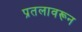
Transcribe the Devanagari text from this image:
प्रतलावरून